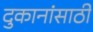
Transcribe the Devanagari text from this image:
दुकानांसाठी